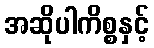
အဆိုပါကိစ္စနှင့်